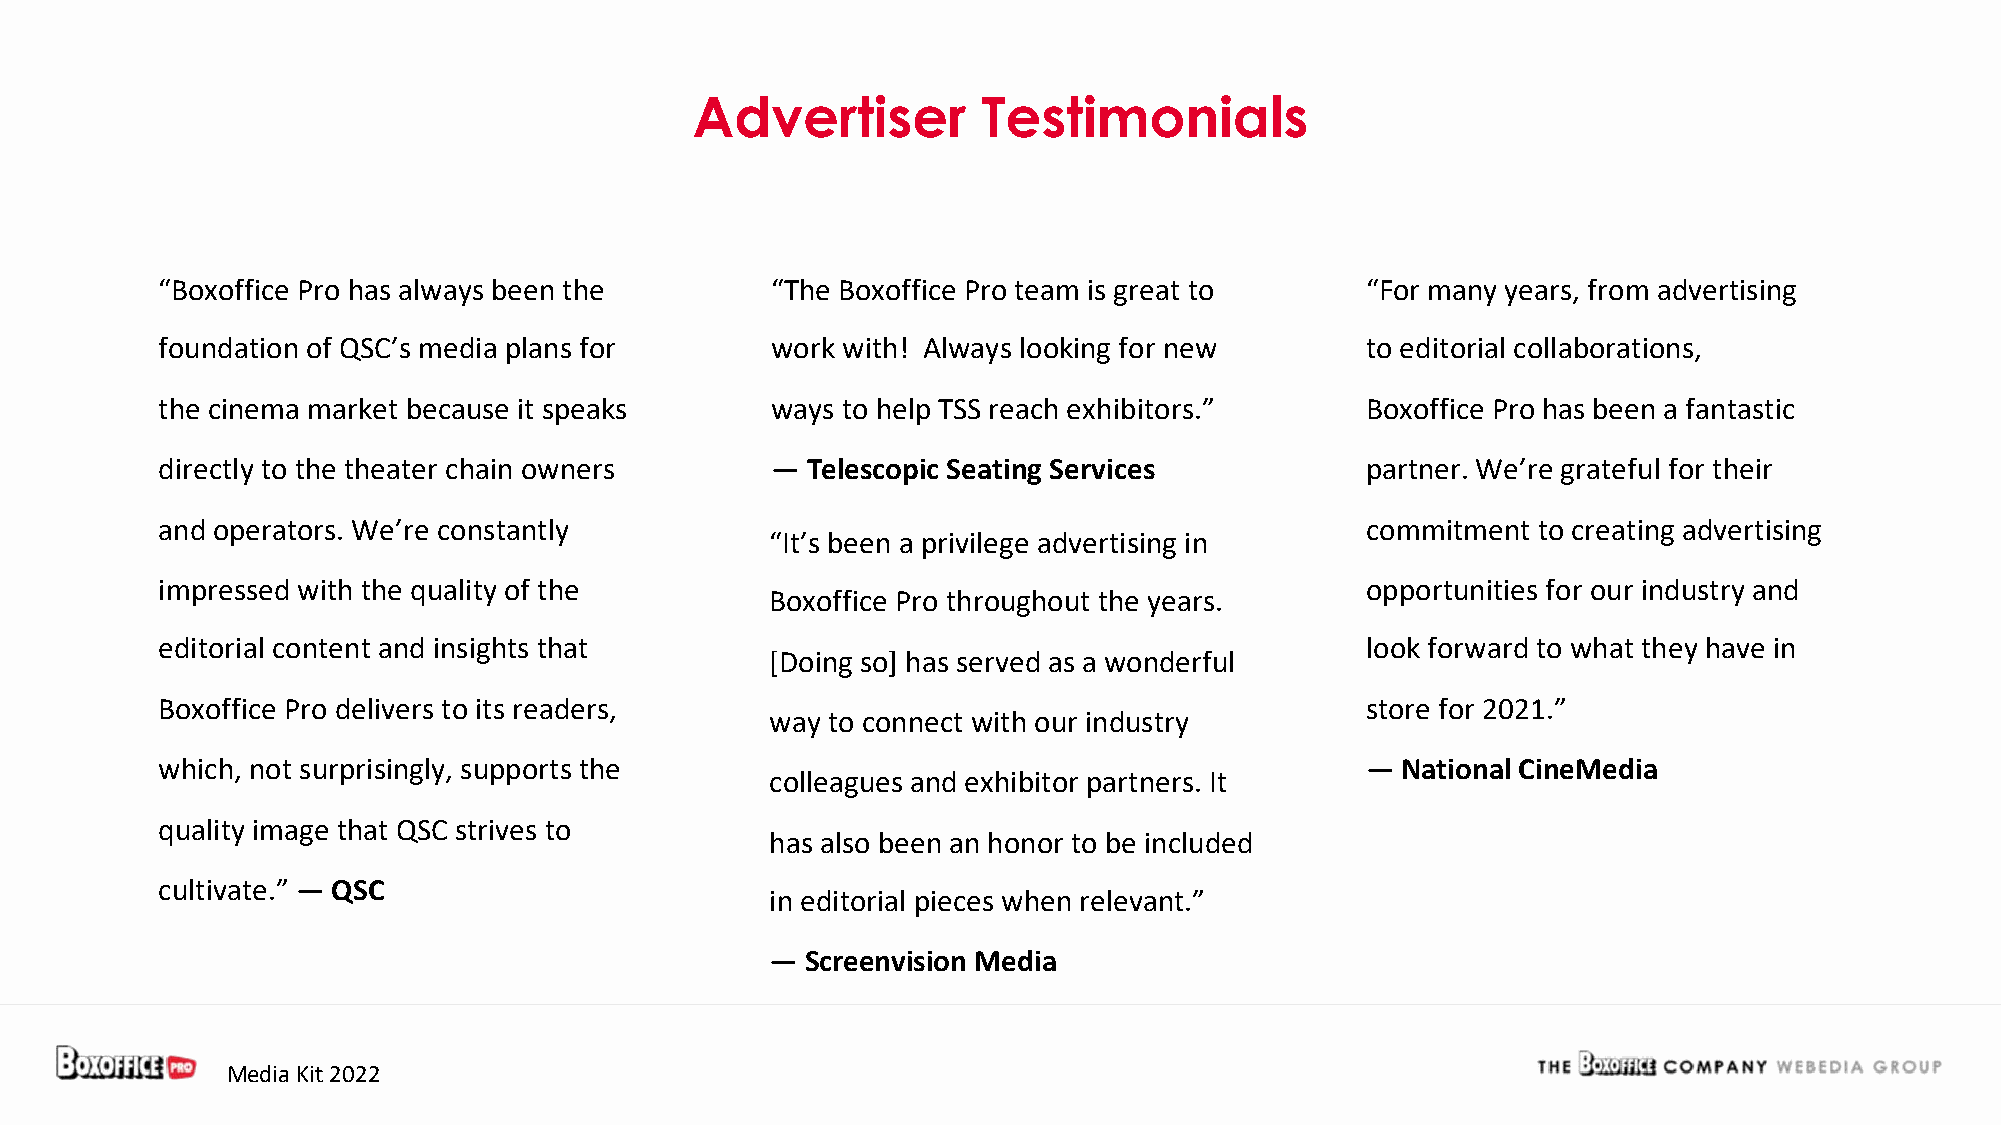
Advertiser         Testimonials
 “Boxoffice Pro has always been the       “The Boxoffice Pro team is great to    “For many years, from advertising
 foundation of QSC’s media plans for      work with! Always looking for new      to editorial collaborations,
 the cinema market because it speaks      ways to help TSS reach exhibitors.”    Boxoffice Pro has been a fantastic
 directly to the theater chain owners     — Telescopic Seating Services          partner. We’re grateful for their
 and operators. We’re constantly                                                 commitment  to creating advertising
 “It’s been a privilege advertising in
 impressed with the quality of the                                               opportunities for our industry and
 Boxoffice Pro throughout the years.
 editorial content and insights that                                             look forward to what they have in
 [Doing so] has served as a wonderful
 Boxoffice Pro delivers to its readers,                                          store for 2021.”
 way to connect with our industry
 which, not surprisingly, supports the                                           —  National CineMedia
 colleagues and exhibitor partners. It
 quality image that QSC strives to
 has also been an honor to be included
 cultivate.” — QSC
 in editorial pieces when relevant.”
 — Screenvision Media
 Media Kit 2022